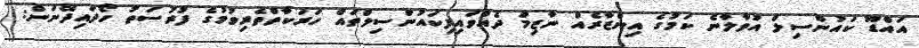
އައްޑޫ ކައުންސިލް އުވާލާނެ ކަމުގެ އިންޒާރެއް ނާޒިމް ދެއްވައިފިކައުންސިލްތައް ހަރަކާތްތެރިވުމުގެ ފުރުސަތު ހޯދައިދޭނަން: